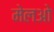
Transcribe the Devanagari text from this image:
मेलओ